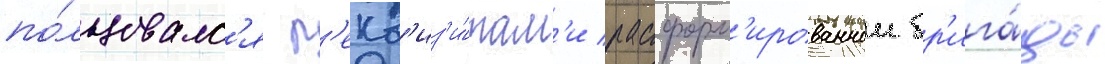
по́льзовалс'я р'екв'из'и́там'и расформ'ированнои бр'ига́ды